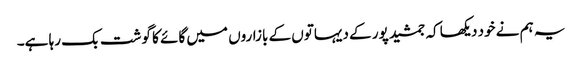
یہ ہم نے خود دیکھا کہ جمشید پور کے دیہاتوں کے بازاروں میں گائے کا گوشت بک رہا ہے۔